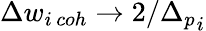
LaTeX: \Delta w_{i\, coh}\to 2/{\Delta_{p}}_{i}